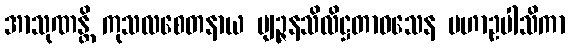
အာသုဏန္တိ ကုသလစေတနာယ ဗျဉ္ဇနသိလိဋ္ဌတာဝသေန မဟာဥပါသိကာ